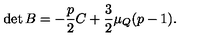
\det { B } = - \frac { p } { 2 } C + \frac { 3 } { 2 } \mu _ { Q } ( p - 1 ) .